Report on plague in the Punjab from October 1st ... to September 30th ..., being the ... season of plague in the province
Disease focus: Plague
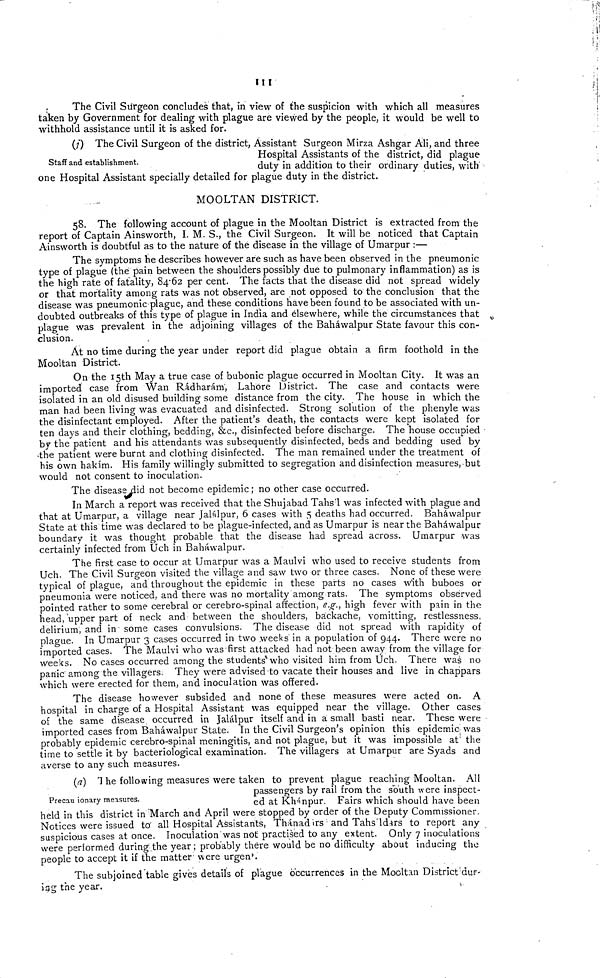
III
The Civil Surgeon concludes that, in view of the suspicion with which all measures
taken by Government for dealing with plague are viewed by the people, it would be well to
withhold assistance until it is asked for.
Staff and establishment.
(i) The Civil Surgeon of the district, Assistant Surgeon Mirza Ashgar Ali, and three
Hospital Assistants of the district, did plague
duty in addition to their ordinary duties, with
one Hospital Assistant specially detailed for plague duty in the district.
MOOLTAN DISTRICT.
58. The following account of plague in the Mooltan District is extracted from the
report of Captain Ainsworth, I. M. S., the Civil Surgeon. It will be noticed that Captain
Ainsworth is doubtful as to the nature of the disease in the village of Umarpur :—
The symptoms he describes however are such as have been observed in the pneumonic
type of plague (the pain between the shoulders possibly due to pulmonary inflammation) as is
the high rate of fatality, 84.62 per cent. The facts that the disease did not spread widely
or that mortality among rats was not observed, are not opposed to the conclusion that the
disease was pneumonic plague, and these conditions have been found to be associated with un-
doubted outbreaks of this type of plague in India and elsewhere, while the circumstances that
plague was prevalent in the adjoining villages of the Baháwalpur State favour this con-
clusion.
At no time during the year under report did plague obtain a firm foothold in the
Mooltan District.
On the 15th May a true case of bubonic plague occurred in Mooltan City. It was an
imported case from Wan Rádharám, Lahore District. The case and contacts were
isolated in an old disused building some distance from the city. The house in which the
man had been living was evacuated and disinfected. Strong solution of the phenyle was
the disinfectant employed. After the patient's death, the contacts were kept isolated for
ten days and their clothing, bedding, &c., disinfected before discharge. The house occupied
by the patient and his attendants was subsequently disinfected, beds and bedding used by
•the patient were burnt and clothing disinfected. The man remained under the treatment of
his own hakim. His family willingly submitted to segregation and disinfection measures, but
would not consent to inoculation.
The disease did not become epidemic; no other case occurred.
In March a report was received that the Shujabad Tahs'l was infected with plague and
that at Umarpur, a village near Jalálpur, 6 cases with 5 deaths had occurred. Baháwalpur
State at this time was declared to be plague-infected, and as Umarpur is near the Baháwalpur
boundary it was thought probable that the disease had spread across. Umarpur was
certainly infected from Uch in Baháwalpur.
The first case to occur at Umarpur was a Maulvi who used to receive students from
Uch. The Civil Surgeon visited the village and saw two or three cases. None of these were
typical of plague, and throughout the epidemic in these parts no cases with buboes or
pneumonia were noticed, and there was no mortality among rats. The symptoms observed
pointed rather to some cerebral or cerebro-spinal affection, e.g., high fever with pain in the
head, upper part of neck and between the shoulders, backache, vomitting, restlessness,
delirium, and in some cases convulsions. The disease did not spread with rapidity of
plague. In Umarpur 3 cases occurred in two weeks in a population of 944. There were no
imported cases. The Maulvi who was first attacked had not been away from the village for
Weeks. No cases occurred among the students who visited him from Uch. There was no
panic among the villagers. They were advised to vacate their houses and live in chappars
which were erected for them, and inoculation was offered.
The disease however subsided and none of these measures were acted on. A
hospital in charge of a Hospital Assistant was equipped near the village. Other cases
of the same disease occurred in Jalálpur itself and in a small basti near. These were
imported cases from Baháwalpur State. In the Civil Surgeon's opinion this epidemic was
probably epidemic cerebro-spinal meningitis, and not plague, but it was impossible at' the
time to settle it by bacteriological examination. The villagers at Umarpur are Syads and
averse to any such measures.
Precau ionary measures.
(a) The following measures were taken to prevent plague reaching Mooltan. All
passengers by rail from the south were inspect-
ed at Khánpur. Fairs which should have been
held in this district in March and April were stopped by order of the Deputy Commissioner.
Notices were issued to' all Hospital Assistants, Thánadirs and Tahs?ldars to report any
suspicious cases at once. Inoculation was not practised to any extent. Only 7 inoculations
were performed during the year; probably there would be no difficulty about inducing the
people to accept it if the matter were urgent.
The subjoined table gives details of plague occurrences in the Mooltan District dur-
ing the year.